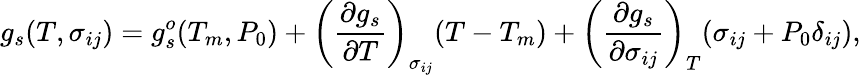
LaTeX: g_{s}(T,\sigma_{ij})=g_{s}^{o}(T_{m},P_{0})+\left(\frac{\partial g_{s}}{\partial T}\right)_{\sigma_{ij}}(T-T_{m})+\left(\frac{\partial g_{s}}{\partial\sigma_{ij}}\right)_{T}(\sigma_{ij}+P_{0}\delta_{ij}),